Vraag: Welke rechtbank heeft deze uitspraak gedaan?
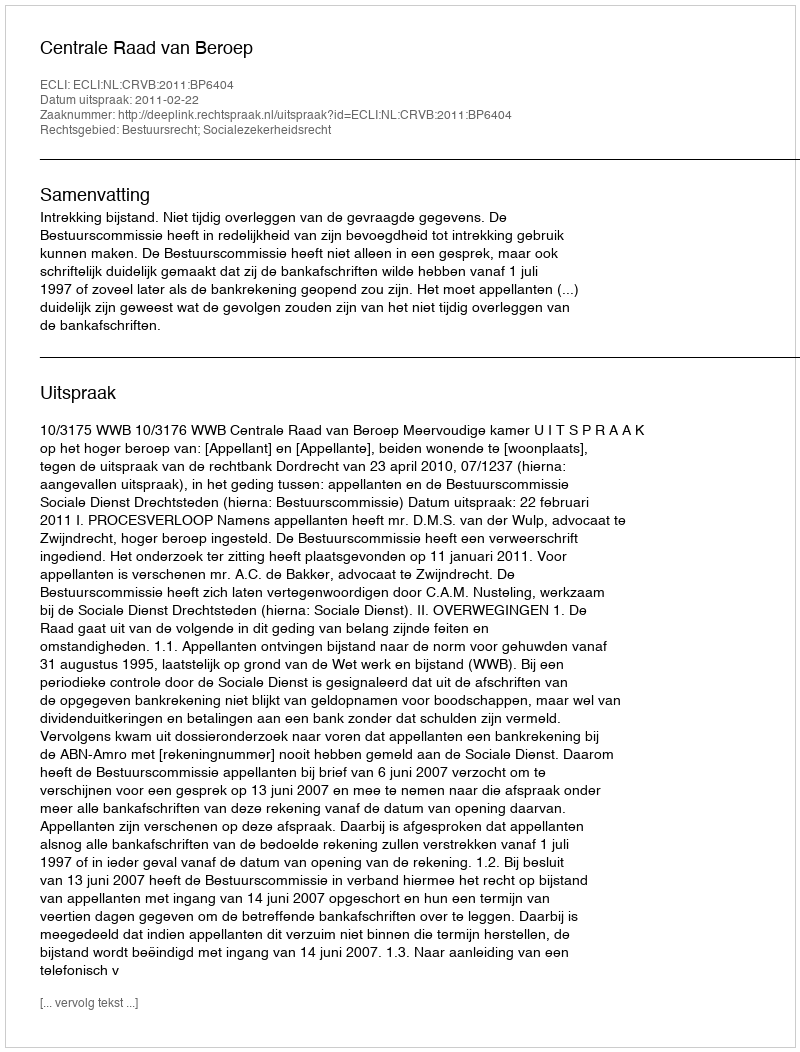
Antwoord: Centrale Raad van Beroep